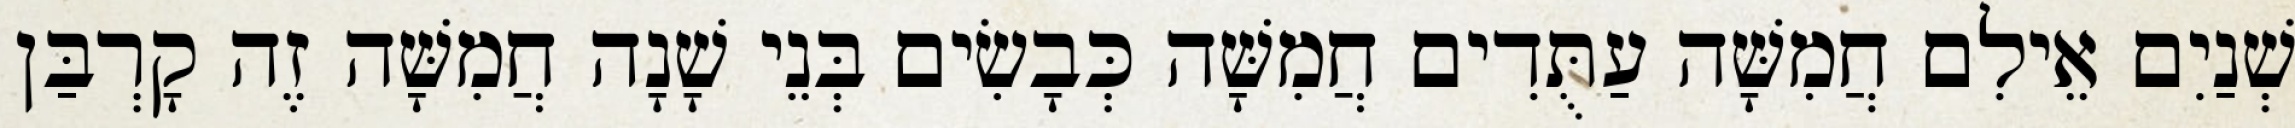
שְׁנַיִם אֵילִם חֲמִשָּׁה עַתֻּדִים חֲמִשָּׁה כְּבָשִׂים בְּנֵי שָׁנָה חֲמִשָּׁה זֶה קָרְבַּן